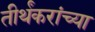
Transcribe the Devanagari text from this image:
तीर्थंकरांच्या